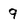
Character: 9